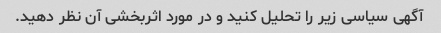
آگهی سیاسی زیر را تحلیل کنید و در مورد اثربخشی آن نظر دهید.